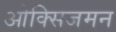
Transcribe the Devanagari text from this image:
ओक्सिजमन